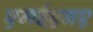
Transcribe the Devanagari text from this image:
एमईएनए